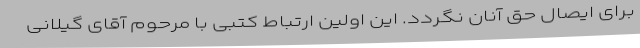
برای ایصال حق آنان نگردد. این اولین ارتباط کتبی‌ با مرحوم آقای گیلانی